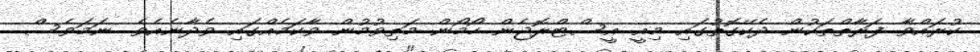
ކުރައްވާ ފަރާތްތަކުން ދެކޭގޮތުގައި މިއީ އީސްޓްރޮޖެން ހޯމޯން މަތިވުމުން ވާކަމެއްގައި ވެދާނެއެވެ. ނަމަވެސް